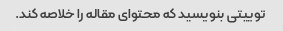
توییتی بنویسید که محتوای مقاله را خلاصه کند.